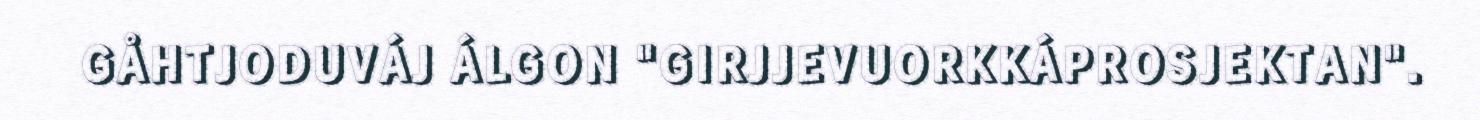
GÅHTJODUVÁJ ÁLGON "GIRJJEVUORKKÁPROSJEKTAN".